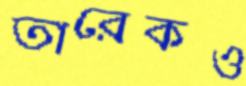
তারেকও